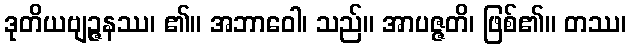
ဒုတိယဗျဉ္ဇနဿ၊ ၏။ အဘာဝေါ၊ သည်။ အာပဇ္ဇတိ၊ ဖြစ်၏။ တဿ၊